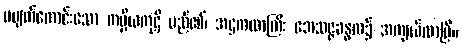
မပျက်ကောင်းသော ကပ္ပိယကုဋိ မည်၏၊ အဋ္ဌကထာကြီး ဘေသဇ္ဇခန္ဓက၌ အကျယ်လာပြီ။